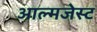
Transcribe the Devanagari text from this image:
आल्मजेस्ट